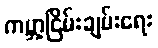
ကမ္ဘာ့ငြိမ်းချမ်းရေး